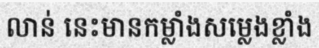
លាន់ នេះមានកម្លាំងសម្លេងខ្លាំង